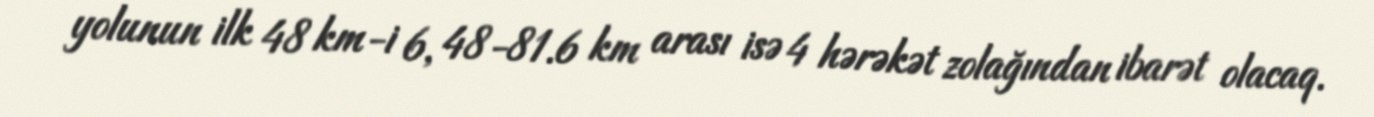
yolunun ilk 48 km-i 6, 48-81.6 km arası isə 4 hərəkət zolağından ibarət olacaq.